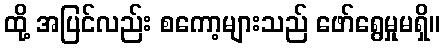
ထို့ အပြင်လည်း စကော့များသည် ဖော်ရွေမှုမရှိ။